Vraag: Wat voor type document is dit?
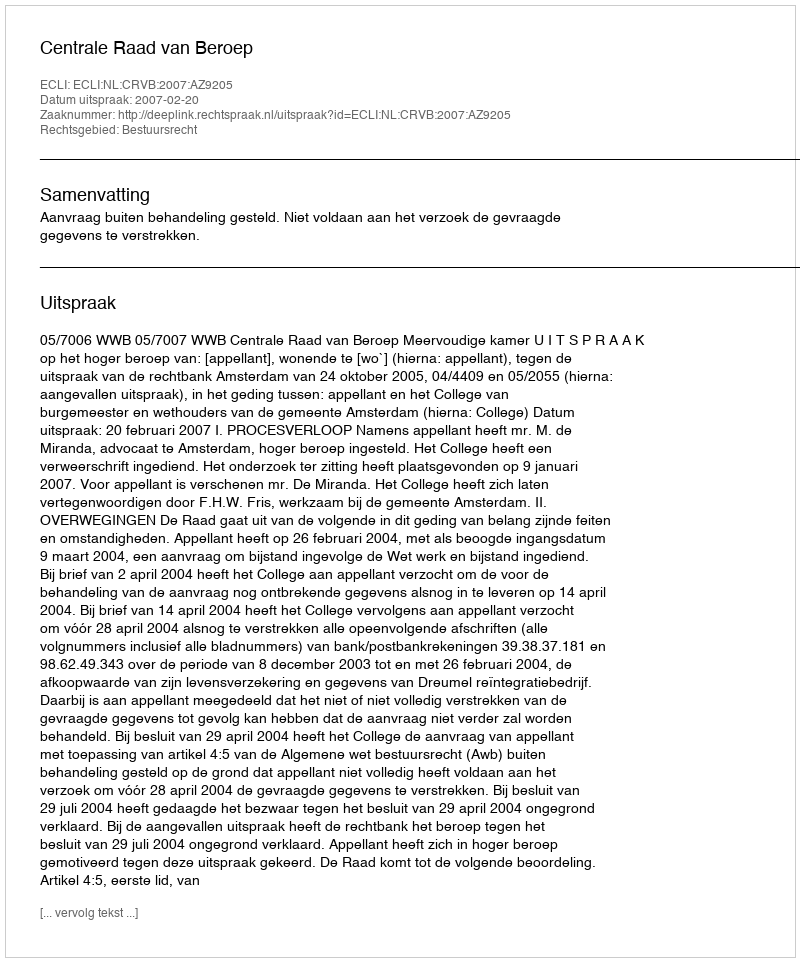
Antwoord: Uitspraak